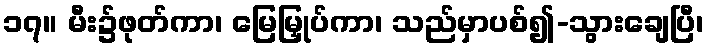
၁၇။ မီး၌ဖုတ်ကာ၊ မြေမြှုပ်ကာ၊ သည်မှာပစ်၍-သွားချေပြီ၊